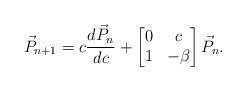
LaTeX: \begin{align*}\vec{P}_{n+1}=c\frac{d \vec{P}_{n}}{dc}+\begin{bmatrix}0 & c\\1 & -\beta\end{bmatrix} \vec{P}_{n}.\end{align*}